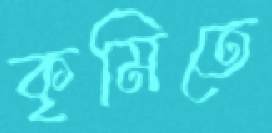
কৃমিতে